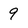
Character: 9